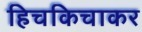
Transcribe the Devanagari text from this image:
हिचकिचाकर